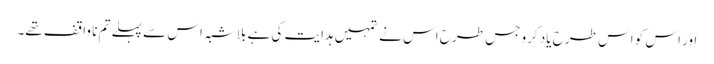
اور اس کو اس طرح یاد کرو جس طرح اس نے تمہیں ہدایت کی ہے بلاشبہ اس سے پہلے تم نا واقف تھے۔